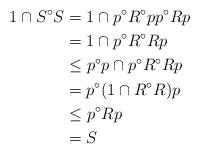
LaTeX: \begin{align*} 1\cap S^\circ S &= 1\cap p^\circ R^\circ pp^\circ Rp \\ &= 1\cap p^\circ R^\circ Rp \\ &\le p^\circ p \cap p^\circ R^\circ Rp \\&= p^\circ(1\cap R^\circ R)p \\&\le p^\circ R p \\&= S\end{align*}